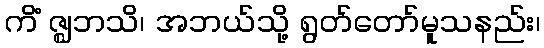
ကိံ ဇ္ဈဘသိ၊ အဘယ်သို့ ရွတ်တော်မူသနည်း၊